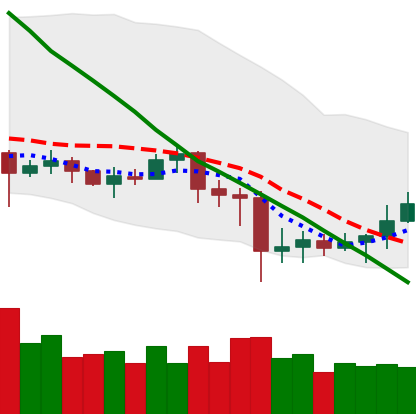
Ticker: EOS-USD
Chart end date: 2020-07-04
Forward return: 8.036%
Label: up_7plus